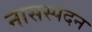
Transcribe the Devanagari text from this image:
नासस्पंदन